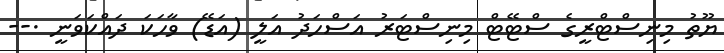
ޔޫތު މިނިސްޓްރީގެ ސްޓޭޓް މިނިސްޓަރު އަސްހަދު އަލީ (އަޑޭ) ވާހަކަ ދައްކަވަނީ .--